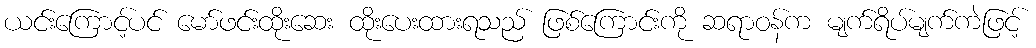
ယင်းကြောင့်ပင် မော်ဖင်းထိုးဆေး ထိုးပေးထားရသည် ဖြစ်ကြောင်းကို ဆရာဝန်က မျက်ရိပ်မျက်ကဲဖြင့်